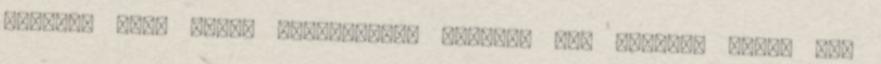
vágynak csak rossz eszközökkel akarják azt elérni. Aztán meg